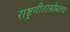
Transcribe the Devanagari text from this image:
राष्ट्रगीतासोबतच